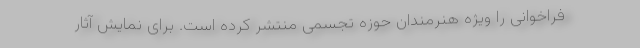
فراخوانی را ویژه هنرمندان حوزه تجسمی منتشر کرده است. برای نمایش آثار